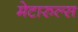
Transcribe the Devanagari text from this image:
मेटारुल्स